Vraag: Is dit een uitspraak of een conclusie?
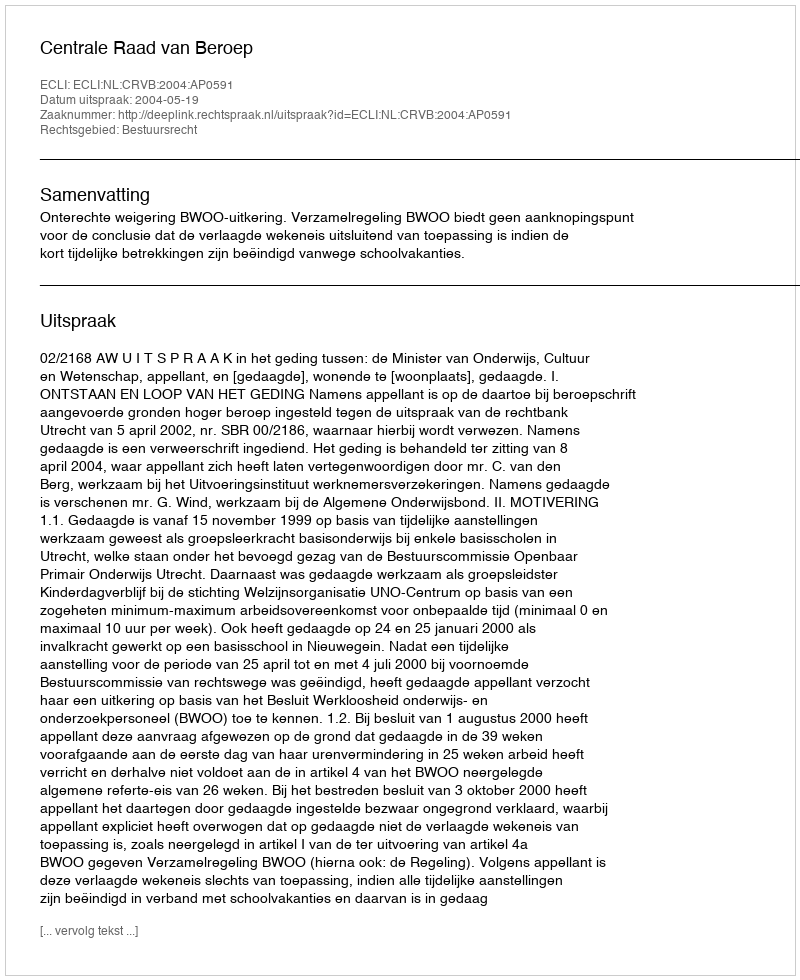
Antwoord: Uitspraak